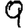
Digit: 9